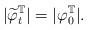
LaTeX: \begin{align*} |\widetilde\varphi^{\mathbb T}_t|=|\varphi^{\mathbb T}_0|. \end{align*}